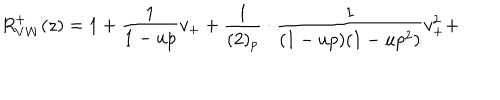
R _ { V W } ^ { + } ( z ) = 1 + \frac { 1 } { 1 - u p } v _ { + } + \frac { 1 } { ( 2 ) _ { p } } \cdot \frac { 1 } { ( 1 - u p ) ( 1 - u p ^ { 2 } ) } v _ { + } ^ { 2 } +